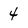
Character: 4